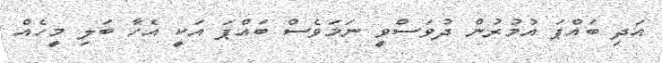
އަދި ބައްޕަ އުމުރުން ދުވަސްވީ ނަމަވެސް ބައްޕަ އަކީ އެހާ ބަލި މީހެއް